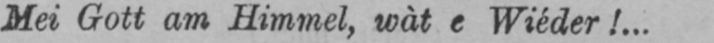
Mei Gott am Himmel, wàt e Wiéder!...